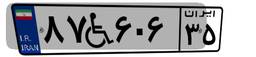
۹۷W۶۴۱۵۷